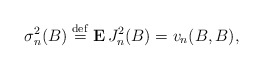
\begin{align*}\sigma _{n}^{2}(B)\stackrel{\rm def}{=}{\bf E\,}J_{n}^{2}(B)=v_{n}(B,B),\end{align*}